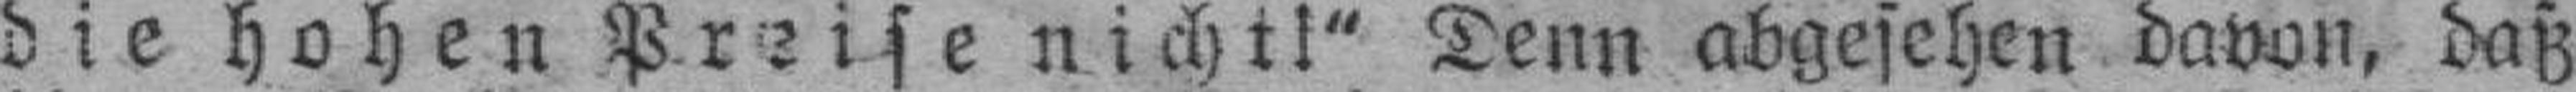
die hohen Preise nicht!" Denn abgesehen davon, daß